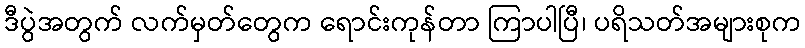
ဒီပွဲအတွက် လက်မှတ်တွေက ရောင်းကုန်တာ ကြာပါပြီ၊ ပရိသတ်အများစုက